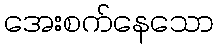
အေးစက်နေသော